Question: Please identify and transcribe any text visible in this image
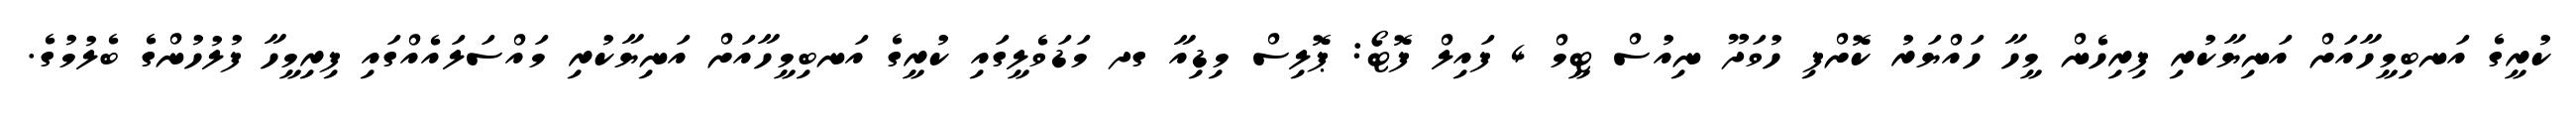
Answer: ކުރީގެ އަނބިމީހާއަށް އަނިޔާކުރި ފިރިހެން މީހާ ހައްޔަރު ކޮށްފި ހުވަދޫ ނިއުސް ޓީމް 4 ފައިލް ފޮޓޯ: ޕޮލިސް މިޑިއާ ގދ މަޑަވެލީގައި ކުރީގެ އަނބިމީހާއަށް އަނިޔާކުރި މައްސަލައެއްގައި ފިރިމީހާ ފުލުހުންގެ ބެލުމުގެ.